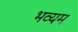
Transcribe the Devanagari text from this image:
भव्यम